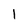
Character: 1